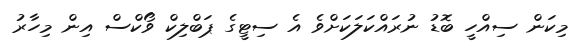
މިކަން ސިއްހީ ބޮޑު ނުރައްކަލަކަށްވެ އެ ސިޓީގެ ޕަބްލިކް ވޯކްސް އިން މިހާރު